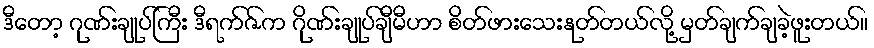
ဒီတော့ ဂုဏ်းချုပ်ကြီး ဒီရက်ဇ်က ဂိုဏ်းချုပ်ချီမီဟာ စိတ်ဖားသေးနုတ်တယ်လို့ မှတ်ချက်ချခဲ့ဖူးတယ်။